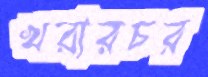
খরারচর